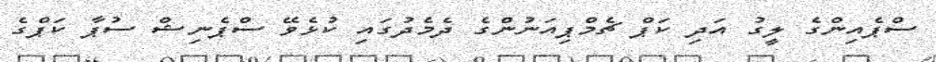
ސްޕެއިންގެ ލީގު އަދި ކަޕް ޗެމްޕިއަނުންގެ ދެމެދުގައި ކުޅެވޭ ސްޕެނިޝް ސުޕާ ކަޕްގެ